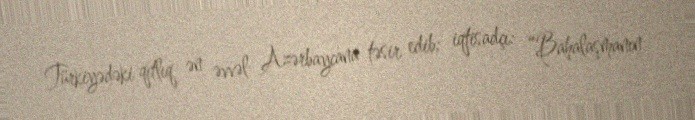
Türkiyədəki qıtlıq ən əvvəl Azərbaycana təsir edib; iqtisadçı: “Bahalaşmanın